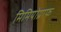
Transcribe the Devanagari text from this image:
मिमियोग्राफ